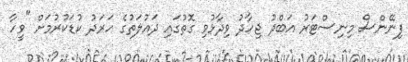
ފިނޭންސް މިނިސްޓަރު އަބްދު ޖިހާދު ވިދާޅުވި ގޮތުގައި ދައުލަތުގެ ހަރަދު ކުޑަކުރުމަށް "ވީހާ